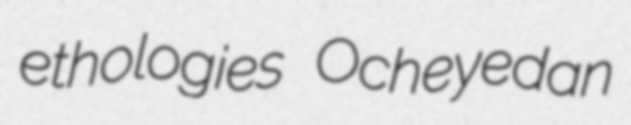
ethologies Ocheyedan